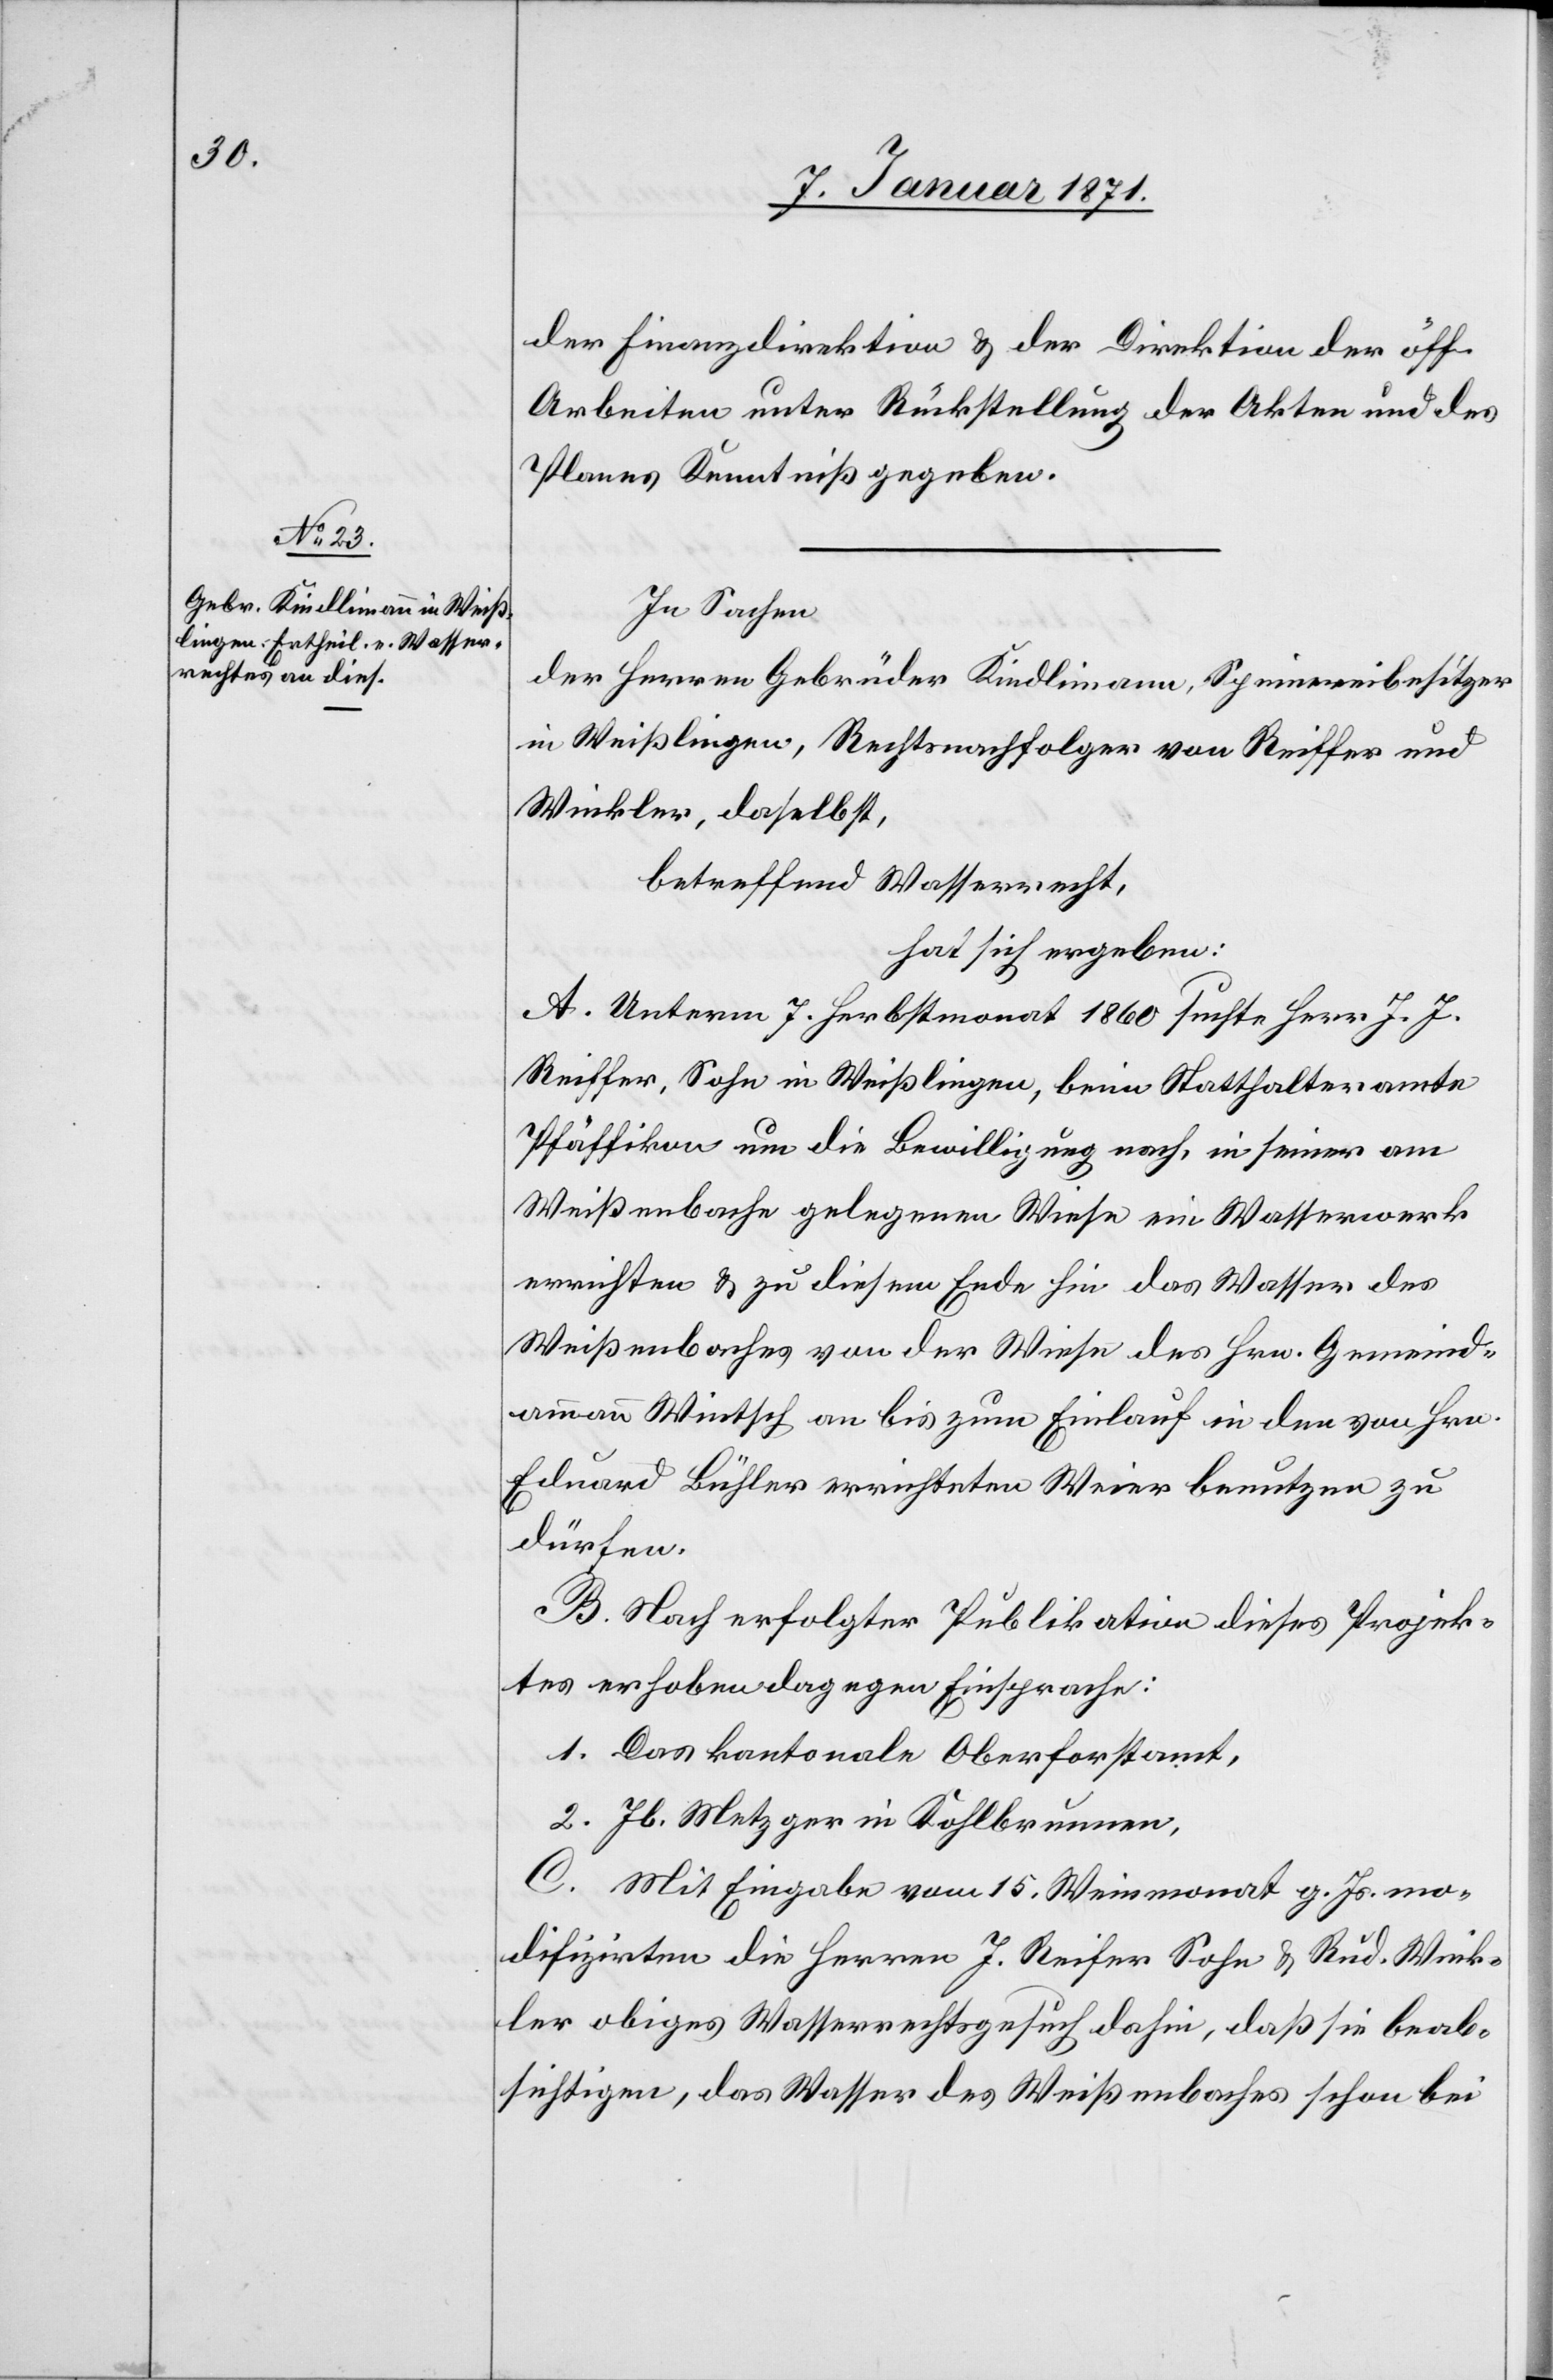
der Finanzdirektion u. der Direktion der öff.
Arbeiten unter Rückstellung der Akten und des
Planes Kenntniß gegeben.
In Sachen
der Herren Gebrüder Kindlimann, Spinnereibesitzer
in Weißlingen, Rechtsnachfolger von Reiffer und
Winkler, daselbst,
betreffend Wasserrecht,
hat sich ergeben:
A. Unterm 7. Herbstmonat 1860 suchte Herr J. J.
Reiffer, Sohn in Weißlingen, beim Statthalteramte
Pfäffikon um die Bewilligung nach, in seiner am
Weißenbache gelegenen Wiese ein Wasserwerk
errichten u. zu diesem Ende hin das Wasser des
Weißenbaches von der Wiese des Hrn. Gemeind¬
ammann Wintsch an bis zum Einlauf in den von Hrn.
Eduard Bühler errichteten Weier benutzen zu
dürfen.
B. Nach erfolgter Publikation dieses Projek¬
tes erhoben dagegen Einsprache:
1. Das kantonale Oberforstamt,
2. Jb. Metzger in Kohlbrunnen,
C. Mit Eingabe vom 15. Weinmonat g. Js. mo¬
difizirten die Herren J. Reifer [sic!] Sohn u. Rud. Wink¬
ler obiges Wasserrechtsgesuch dahin, daß sie beab¬
sichtigen, das Wasser des Weißenbaches schon bei